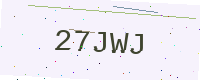
Text: 27JWJ